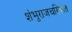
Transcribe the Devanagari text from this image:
शंभुराजचरित्रात